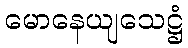
မောနေယျသေဋ္ဌံ